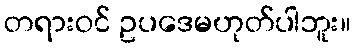
တရားဝင် ဥပဒေမဟုတ်ပါဘူး။